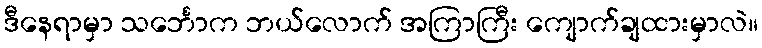
ဒီနေရာမှာ သင်္ဘောက ဘယ်လောက် အကြာကြီး ကျောက်ချထားမှာလဲ။